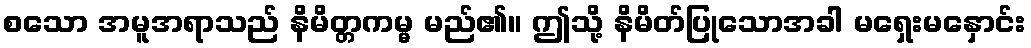
စသော အမူအရာသည် နိမိတ္တကမ္မ မည်၏။ ဤသို့ နိမိတ်ပြုသောအခါ မရှေးမနှောင်း